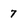
Character: 7